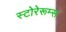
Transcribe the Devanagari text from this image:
स्टोरेरूम्स